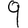
Digit: 9